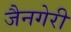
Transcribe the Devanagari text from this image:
जैनगेरी